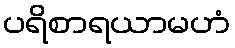
ပရိစာရယာမဟံ